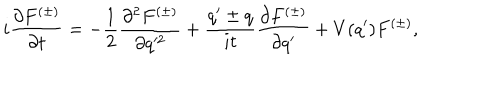
i \frac { \partial F ^ { ( \pm ) } } { \partial t } = - \frac { 1 } { 2 } \frac { \partial ^ { 2 } F ^ { ( \pm ) } } { \partial q ^ { 2 } } + \frac { q ^ { \prime } \pm q } { i t } \frac { \partial F ^ { ( \pm ) } } { \partial q ^ { \prime } } + V ( q ^ { \prime } ) F ^ { ( \pm ) } ,